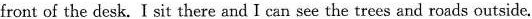
front of the desk. I sit there and I can see the trees and roads outside.